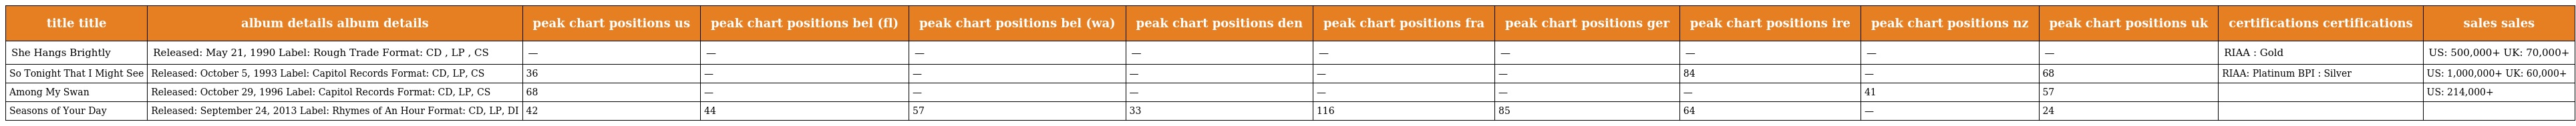
| title title | album details album details | peak chart positions us | peak chart positions bel (fl) | peak chart positions bel (wa) | peak chart positions den | peak chart positions fra | peak chart positions ger | peak chart positions ire | peak chart positions nz | peak chart positions uk | certifications certifications | sales sales |
 | --- | --- | --- | --- | --- | --- | --- | --- | --- | --- | --- | --- | --- |
 | She Hangs Brightly | Released: May 21, 1990 Label: Rough Trade Format: CD , LP , CS | — | — | — | — | — | — | — | — | — | RIAA : Gold | US: 500,000+ UK: 70,000+ |
 | So Tonight That I Might See | Released: October 5, 1993 Label: Capitol Records Format: CD, LP, CS | 36 | — | — | — | — | — | 84 | — | 68 | RIAA: Platinum BPI : Silver | US: 1,000,000+ UK: 60,000+ |
 | Among My Swan | Released: October 29, 1996 Label: Capitol Records Format: CD, LP, CS | 68 | — | — | — | — | — | — | 41 | 57 |  | US: 214,000+ |
 | Seasons of Your Day | Released: September 24, 2013 Label: Rhymes of An Hour Format: CD, LP, DI | 42 | 44 | 57 | 33 | 116 | 85 | 64 | — | 24 |  |  |